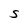
Character: S